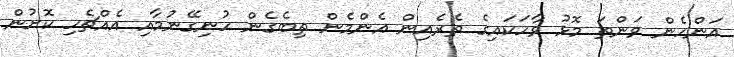
އަންހެން ވަންތަ މޮޅު ވާހަކައިގެ ތެރެއިން އެންމެން ތިބެގެން ހުނިގޭނުމާއި އެެއްޗެހި ކޮށުން